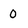
Character: 0